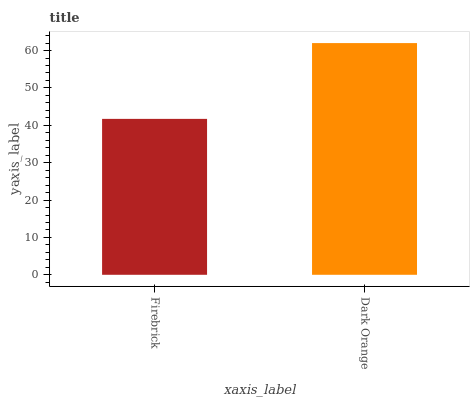
| xaxis_label | bars |
 | --- | --- |
 | Firebrick | 41.7 |
 | Dark Orange | 62 |